system: You are a helpful assistant.
user:
Analyze the provided spectrum to determine if it is a **"Cataclysmic Variables (CV)"**.

- **Key Indicators for CV (Check for either state):**
    - **State 1: Quiescent / Low-State (Emission-Dominated)**
        - **(Primary):** Strong and *very broad* Hydrogen Balmer emission lines (e.g., $H\alpha$ at 6563 Å, $H\beta$ at 4861 Å). The 'broadness' (high velocity dispersion, often FWHM > 1000 km/s) is the key diagnostic, indicating a high-velocity accretion disk.
        - **(Secondary):** Broad neutral Helium (He I) emission lines (e.g., 5876 Å, 6678 Å).
        - **(Key Confirmation):** Presence of high-excitation *ionized* Helium (He II) emission at 4686 Å. This is a strong indicator of accretion onto a white dwarf.
        - **(Line Profile):** Emission lines may exhibit a 'double-peaked' profile, which is a classic signature of a rotating accretion disk viewed at high inclination.

    - **State 2: Outburst / High-State (Absorption-Dominated)**
        - **(Primary):** Spectrum is dominated by a bright, blue continuum (looks like a hot star).
        - **(Secondary):** The emission lines from State 1 are weak, absent, or 'filled in', and are replaced by broad, shallow *absorption* lines (primarily Balmer and He I).
        - **(Morphology):** The overall spectrum mimics a hot B/A-type star. The crucial difference is that the absorption lines are significantly broader, shallower, and more 'washed-out' (or 'smeared') than the sharp lines of a normal stellar photosphere, due to high rotational speeds and pressure broadening in the disk.

Think first, call **spectral_visualization_tool** if needed to examine features in detail, then provide your final answer. Your response must adhere to the following strict rules:
1.  **Overall Structure:** Your response must follow the format `<think>...</think> <tool_call>...</tool_call> (if a tool is used) <answer>...</answer>`.
2.  **Tool Usage Constraint:** You may only make **one** tool call per turn.
3.  **Final Answer Format:** In the `<answer>` tag, your conclusion must be inside a `\boxed{}` command (e.g., `\boxed{YES}`), followed by your justification.

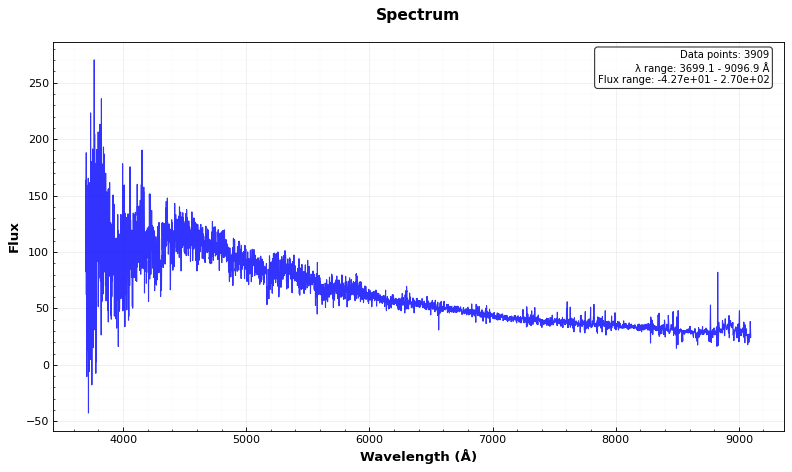
Answer: NO